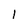
Character: l